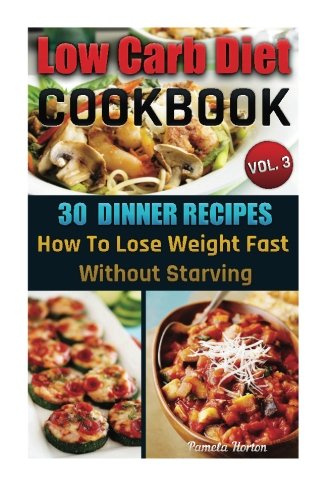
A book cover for Low Carb Diet Cookbook. Vol. 3. 30 Dinner Recipes. How To Lose Weight Fast Without Starving: (Slow Cooker, High Protein, Low Carbohydrate Diet, Weight ... Cookbook, Low Carb High Fat Diet) (Volume 3); Pamela Horton; Cookbooks, Food & Wine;